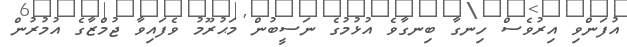
އުފަންވި އިރުވެސް ހިނގާ ބިނގާވެ އުޅުމުގެ ނަސީބުން މަޙުރޫމު ވެފައިވާ ޖުމްޒާގެ އުމުރުން